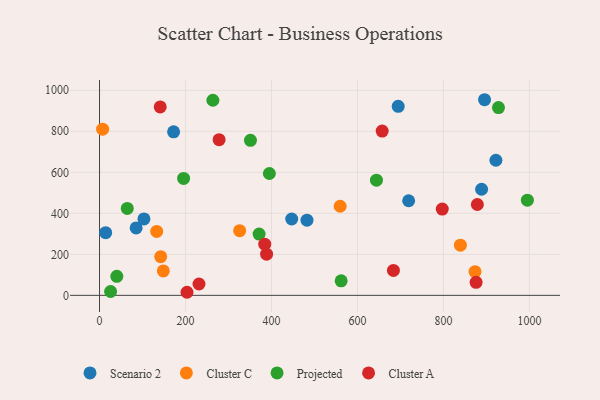
{"axis": {"x": "Engine Size", "y": "Exam Score"}, "legend": ["Cluster A", "Cluster C", "Projected", "Scenario 2"], "data": [{"x": "719.1", "y": 461.4, "type": "Scenario 2"}, {"x": "85.2", "y": 328.6, "type": "Scenario 2"}, {"x": "694.8", "y": 921.7, "type": "Scenario 2"}, {"x": "922.1", "y": 658.7, "type": "Scenario 2"}, {"x": "888.8", "y": 517.3, "type": "Scenario 2"}, {"x": "895.7", "y": 953.9, "type": "Scenario 2"}, {"x": "103.3", "y": 372.8, "type": "Scenario 2"}, {"x": "14.3", "y": 305.4, "type": "Scenario 2"}, {"x": "172.3", "y": 797.2, "type": "Scenario 2"}, {"x": "447.1", "y": 372.4, "type": "Scenario 2"}, {"x": "482.6", "y": 366.8, "type": "Scenario 2"}, {"x": "559.8", "y": 434.5, "type": "Cluster C"}, {"x": "133.0", "y": 311.5, "type": "Cluster C"}, {"x": "326.0", "y": 315.4, "type": "Cluster C"}, {"x": "873.5", "y": 115.3, "type": "Cluster C"}, {"x": "142.3", "y": 188.5, "type": "Cluster C"}, {"x": "148.4", "y": 119.2, "type": "Cluster C"}, {"x": "7.2", "y": 810.1, "type": "Cluster C"}, {"x": "839.5", "y": 244.9, "type": "Cluster C"}, {"x": "395.1", "y": 594.2, "type": "Projected"}, {"x": "562.1", "y": 70.9, "type": "Projected"}, {"x": "644.2", "y": 561.7, "type": "Projected"}, {"x": "64.5", "y": 423.8, "type": "Projected"}, {"x": "40.2", "y": 93.0, "type": "Projected"}, {"x": "995.3", "y": 464.2, "type": "Projected"}, {"x": "928.1", "y": 915.5, "type": "Projected"}, {"x": "195.6", "y": 570.1, "type": "Projected"}, {"x": "25.7", "y": 18.9, "type": "Projected"}, {"x": "263.7", "y": 951.3, "type": "Projected"}, {"x": "351.1", "y": 755.9, "type": "Projected"}, {"x": "371.2", "y": 298.7, "type": "Projected"}, {"x": "876.0", "y": 63.5, "type": "Cluster A"}, {"x": "878.9", "y": 443.0, "type": "Cluster A"}, {"x": "278.2", "y": 759.3, "type": "Cluster A"}, {"x": "203.5", "y": 15.0, "type": "Cluster A"}, {"x": "683.7", "y": 121.6, "type": "Cluster A"}, {"x": "657.5", "y": 801.2, "type": "Cluster A"}, {"x": "388.6", "y": 200.9, "type": "Cluster A"}, {"x": "231.4", "y": 55.3, "type": "Cluster A"}, {"x": "384.3", "y": 249.3, "type": "Cluster A"}, {"x": "797.3", "y": 420.7, "type": "Cluster A"}, {"x": "141.2", "y": 918.6, "type": "Cluster A"}]}